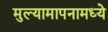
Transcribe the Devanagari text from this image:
मुल्यामापनामध्ये